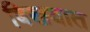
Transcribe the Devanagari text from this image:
बिखयात